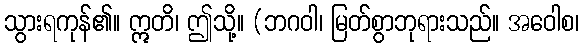
သွားရကုန်၏။ ဣတိ၊ ဤသို့။ (ဘဂဝါ၊ မြတ်စွာဘုရားသည်။ အဝေါစ၊